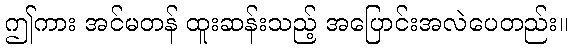
ဤကား အင်မတန် ထူးဆန်းသည့် အပြောင်းအလဲပေတည်း။